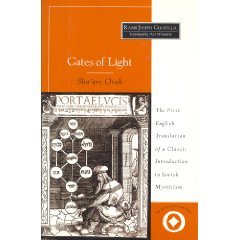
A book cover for Gates of Light / Sha'Are Orah (Sacred Literature Series) (English and Hebrew Edition); Joseph Gikatilla; Religion & Spirituality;